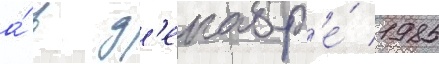
а́ в д'екабр'е́ 1985